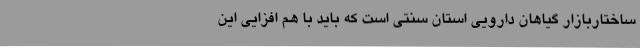
ساختاربازار گیاهان دارویی استان سنتی است که باید با هم افزایی این